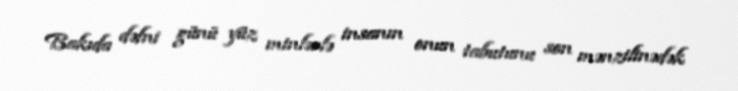
Bakıda dəfni günü yüz minlərlə insanın onun tabutunu son mənzilinədək